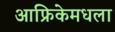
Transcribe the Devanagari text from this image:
आफ्रिकेमधला